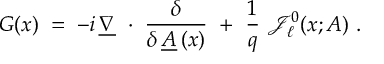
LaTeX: G ( x ) \; = \; - i \, \underline { { { \nabla } } } ~ \cdot ~ \frac { \delta } { \delta \, \underline { { { A } } } \, ( x ) } ~ + ~ \frac 1 q \ { \mathcal J } _ { \ell } ^ { 0 } ( x ; A ) ~ .